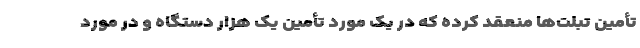
تأمین تبلت‌ها منعقد کرده که در یک مورد تأمین یک هزار دستگاه و در مورد